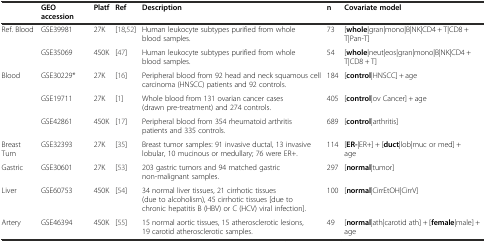
<table><thead><tr><td></td><td><b>GEO accession</b></td><td><b>Platf</b></td><td><b>Ref</b></td><td><b>Description</b></td><td><b>n</b></td><td><b>Covariate model</b></td></tr></thead><tbody><tr><td rowspan="2">Ref. Blood</td><td>GSE39981</td><td>27K</td><td>[18,52]</td><td>Human leukocyte subtypes purified from whole blood samples.</td><td>73</td><td>[<b>whole</b>|gran|mono|B|NK|CD4 + T|CD8 + T|Pan-T]</td></tr><tr><td>GSE35069</td><td>450K</td><td>[47]</td><td>Human leukocyte subtypes purified from whole blood samples.</td><td>54</td><td>[<b>whole</b>|neut|eos|gran|mono|B|NK|CD4 + T|CD8 + T]</td></tr><tr><td rowspan="3">Blood</td><td>GSE30229*</td><td>27K</td><td>[16]</td><td>Peripheral blood from 92 head and neck squamous cell carcinoma (HNSCC) patients and 92 controls.</td><td>184</td><td>[<b>control</b>|HNSCC] + age</td></tr><tr><td>GSE19711</td><td>27K</td><td>[1]</td><td>Whole blood from 131 ovarian cancer cases (drawn pre-treatment) and 274 controls.</td><td>405</td><td>[<b>control</b>|ov Cancer] + age</td></tr><tr><td>GSE42861</td><td>450K</td><td>[17]</td><td>Peripheral blood from 354 rheumatoid arthritis patients and 335 controls.</td><td>689</td><td>[<b>control</b>|arthritis]</td></tr><tr><td>Breast Tum</td><td>GSE32393</td><td>27K</td><td>[35]</td><td>Breast tumor samples: 91 invasive ductal, 13 invasive lobular, 10 mucinous or medullary; 76 were ER+.</td><td>114</td><td>[<b>ER-</b>|ER+] + [<b>duct</b>|lob|muc or med] + age</td></tr><tr><td>Gastric</td><td>GSE30601</td><td>27K</td><td>[53]</td><td>203 gastric tumors and 94 matched gastric non-malignant samples.</td><td>297</td><td>[<b>normal</b>|tumor]</td></tr><tr><td>Liver</td><td>GSE60753</td><td>450K</td><td>[54]</td><td>34 normal liver tissues, 21 cirrhotic tissues (due to alcoholism), 45 cirrhotic tissues [due to chronic hepatitis B (HBV) or C (HCV) viral infection].</td><td>100</td><td>[<b>normal</b>|CirrEtOH|CirrV]</td></tr><tr><td>Artery</td><td>GSE46394</td><td>450K</td><td>[55]</td><td>15 normal aortic tissues, 15 atherosclerotic lesions, 19 carotid atherosclerotic samples.</td><td>49</td><td>[<b>normal</b>|ath|carotid ath] + [<b>female</b>|male] + age</td></tr></tbody></table>